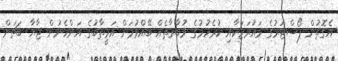
އެގޮތުން ޕޯސްޓަރުގެ މައުރަޒަކާއި ކުރެހުމުގެ މުބާރާތެއް ބޭއްވުމަށް އަމީތާބުގެ އަންހެނުން ޖާޔާ ބަޗަން